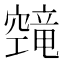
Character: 𬔔